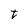
Character: t